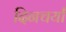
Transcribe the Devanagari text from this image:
दिनचर्यां